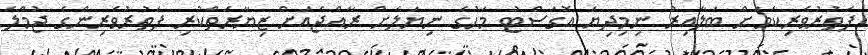
ފަތުރުވެރިކަމަށް ބަލާއިރު ނިމިދިޔަ އޮގަސްޓު މަހުގެ ނިޔަލަށް ރާއްޖެއަށް ޒިޔާރަތްކުރި ފަތުރުވެރިންގެ ޖުމްލަ